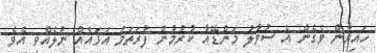
ހައިރާން ވެގެން އެ ސުވާލު މަންޑޭއާ ކުރުމުން ފުރަތަމަ އަޅައެއް ނުލެއްވި އެވެ